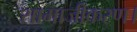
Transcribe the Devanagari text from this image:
सामाजीकरण।